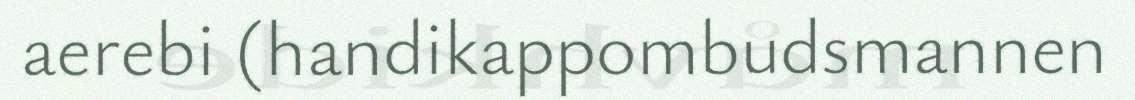
aerebi (handikappombudsmannen